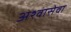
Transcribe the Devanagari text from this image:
अश्वासेवा